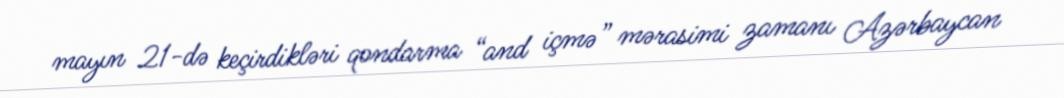
mayın 21-də keçirdikləri qondarma “and içmə” mərasimi zamanı Azərbaycan